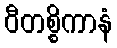
ဝီတစ္စိကာနံ